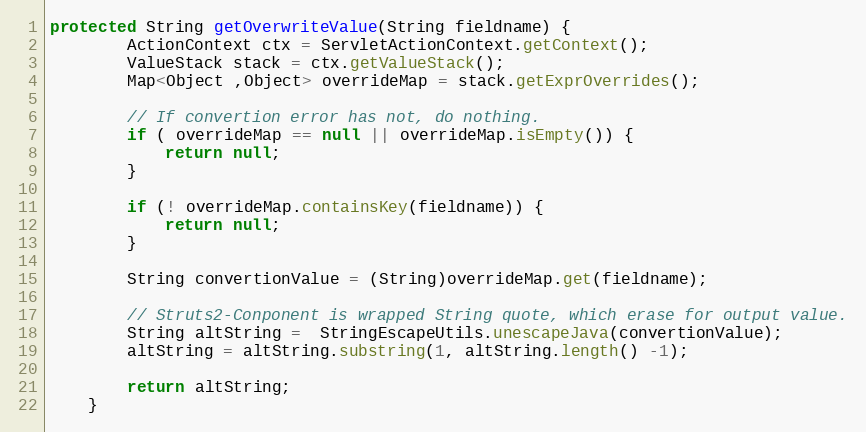
Language: Java
protected String getOverwriteValue(String fieldname) {
		ActionContext ctx = ServletActionContext.getContext();
		ValueStack stack = ctx.getValueStack();
		Map<Object ,Object> overrideMap = stack.getExprOverrides();

		// If convertion error has not, do nothing.
		if ( overrideMap == null || overrideMap.isEmpty()) {
			return null;
		}

		if (! overrideMap.containsKey(fieldname)) {
			return null;
		}

		String convertionValue = (String)overrideMap.get(fieldname);

		// Struts2-Conponent is wrapped String quote, which erase for output value.
		String altString =  StringEscapeUtils.unescapeJava(convertionValue);
		altString = altString.substring(1, altString.length() -1);

		return altString;
	}